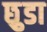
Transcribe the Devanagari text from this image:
छ़ुडा